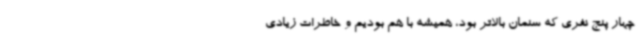
چهار پنج نفری که سنمان بالاتر بود، همیشه با هم بودیم و خاطرات زیادی